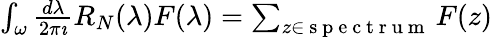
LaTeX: \begin{array}{r}{\int_{\omega}\frac{d\lambda}{2\pi\imath}R_{N}(\lambda)F(\lambda)=\sum_{z\in\mathrm{~s~p~e~c~t~r~u~m~}}F(z)}\end{array}